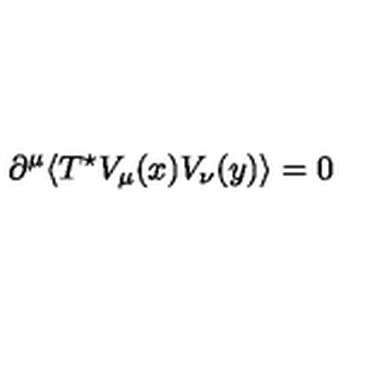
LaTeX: \partial ^ { \mu } \langle T ^ { \star } V _ { \mu } ( x ) V _ { \nu } ( y ) \rangle = 0